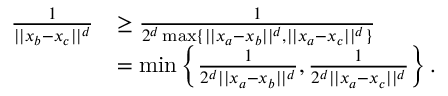
\begin{array} { r l } { \frac { 1 } { | | x _ { b } - x _ { c } | | ^ { d } } } & { \geq \frac { 1 } { 2 ^ { d } \operatorname* { m a x } \{ | | x _ { a } - x _ { b } | | ^ { d } , | | x _ { a } - x _ { c } | | ^ { d } \} } } \\ & { = \operatorname* { m i n } \left\{ \frac { 1 } { 2 ^ { d } | | x _ { a } - x _ { b } | | ^ { d } } , \frac { 1 } { 2 ^ { d } | | x _ { a } - x _ { c } | | ^ { d } } \right\} . } \end{array}